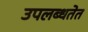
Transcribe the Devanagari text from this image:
उपलब्धतेत